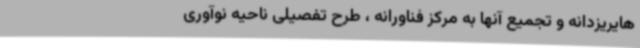
هایریزدانه و تجمیع آنها به مرکز فناورانه ، طرح تفصیلی ناحیه نوآوری